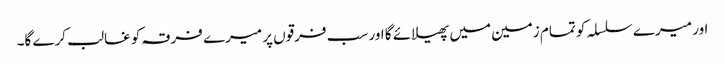
اور میرے سلسلہ کو تمام زمین میں پھیلائے گا اور سب فرقوں پر میرے فرقہ کو غالب کرے گا۔